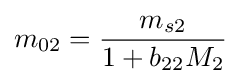
m_{02}={\frac {m_{s2}}{1+b_{22}M_{2}}}